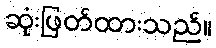
ဆုံးဖြတ်ထားသည်။